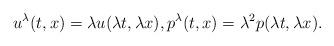
LaTeX: \begin{align*}u^\lambda(t, x) = \lambda u(\lambda t, \lambda x),p^\lambda(t,x) = \lambda^2p(\lambda t, \lambda x).\end{align*}